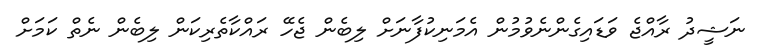
ނަޝީދު ރާއްޖެ ވަޑައިގެންނެވުމުން އެމަނިކުފާނަށް ލިބެން ޖެހޭ ރައްކާތެރިކަން ލިބެން ނެތް ކަމަށް